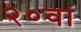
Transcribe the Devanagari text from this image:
२०वां